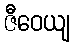
ဇီဝေယျ